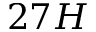
2 7 H